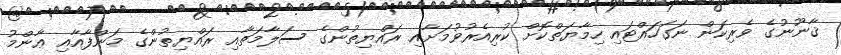
ޤާނޫނުގެ ވެރިކަން ނަގަހައްޓައި ހިމާޔަތްކޮށް ކުރިއެރުވުމަށާއި ރައްޔިތުންގެ ސަލާމަތާއި ރައްޔިތުންގެ މަންފާއާއި ޢާންމު